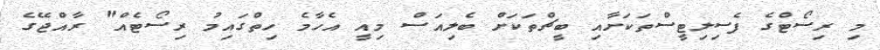
މި ރިސޯޓްގެ ފެސިލިޓީސްތަކަށާއި ބީޗްތަކަށް ބެލިއަސް މިއީ އެހާމެ ހިތްގައިމު ރިސޯޓެއް" ރާއްޖޭގެ